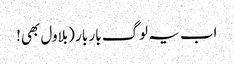
اب یہ لوگ بار بار (بلاول بھی!